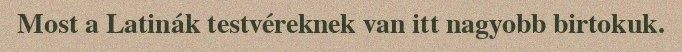
Most a Latinák testvéreknek van itt nagyobb birtokuk.